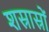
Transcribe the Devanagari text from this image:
शस्रास्रों